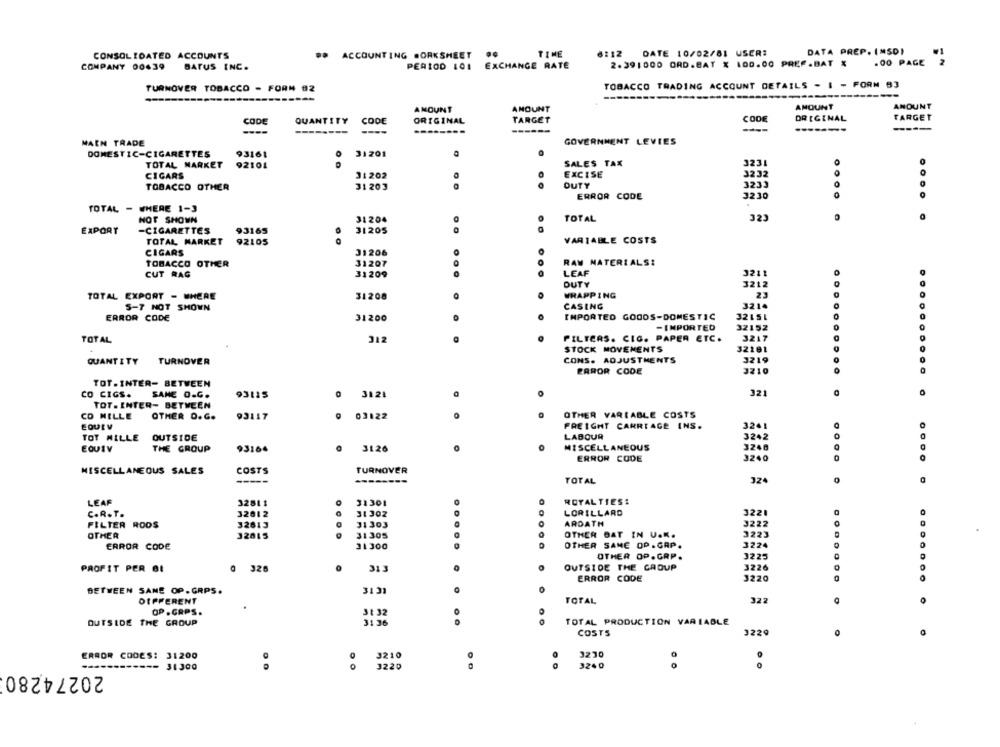
TIME
112
DATE 10/02/81 USER:
DATA PREP. (MSD)
CONSOLIDATED ACCOUNTS
ACCOUNTING BORKSHEET
..
COMPANY 00439
BATUS INC.
PERIOD 101 EXCHANGE RATE
2.391000 ORD.BAT % 100.00 PREF.BAT &
.00 PAGE
TURNOVER TOBACCO - FORM 02
TOBACCO TRADING ACCOUNT DETAILS - I - FORM 93
----
AMOUNT
AMOUNT
AMOUNT
AMOUNT
CODE
TARGET
CODE
ORIGINAL
TARGET
QUANTITY
CODE
ORIGINAL
----
----
-------
MACH TRADE
GOVERNMENT LEVIES
DOMESTIC-CIGARETTES
93161
31201
TOTAL MARKET
92101
SALES TAX
3231
CIGARS
31202
EXCISE
3232
TOBACCO OTHER
31 203
DUTY
3233
ERROR CODE
3230
0000
TOTAL - WHERE 1-3
NOT SHOWN
31204
TOTAL
323
EXPORT
-CIGARETTES
93165
31205
VARIABLE COSTS
TOTAL MARKET
92105
CIGARS
31206
RAW MATERIALS:
TOBACCO OTHER
31207
CUT RAG
31209
LEAF
3211
DUTY
3212
TOTAL EXPORT - WHERE
31208
WRAPPING
23
5-7 NOT SHOWN
CASING
3214
ERROR CODE
31200
IMPORTED GOODS-DOMESTIC
32151
-IMPORTED
32152
3217
TOTAL
312
FILTERS. CIG. PAPER ETC.
STOCK MOVEMENTS
32281
CONS. ADJUSTMENTS
3219
QUANTITY
TURNOVER
ERROR CODE
3210
..... . .
TOT.INTER- BETWEEN
CO CIGS.
SAME O.C.
93115
3121
321
TOT . INTER- BETWEEN
CO MILLE
OTHER D. C.
93117
03122
OTHER VARIABLE COSTS
EQUIV
FREIGHT CARRIAGE INS.
3241
TOT MILLE
OUTSIDE
LABOUR
3242
EQUIV
THE GROUP
93164
3126
MISCELLANEOUS
3248
ERROR CODE
3240
MISCELLANEOUS SALES
COSTS
TURNOVER
----
TOTAL
324
LEAF
ROYALTIES:
32511
31301
C.R.T.
32012
31302
LORILLARD
3221
FILTER ROOS
32613
31303
ARDATH
3222
OTHER
32015
31305
OTHER DAT IN U.K.
3223
ERROR CODE
31300
OTHER SAME OP.GAP.
3224
OTHER OP.GRP.
3225
PROFIT PER OL
0 326
313
OUTSIDE THE CADUP
3226
ERROR CODE
3220
.... ...
BETWEEN SANE OP. GRPS.
3131
DIFFERENT
TOTAL
322
O
OP . GRPS .
31 32
OUTSIDE THE GROUP
31 36
TOTAL PRODUCTION VARIABLE
COSTS
3229
ERROR CODES: 31200
3210
3230
3240
.....------ 31300
20274280
0 0
3220